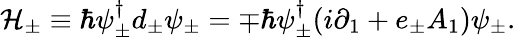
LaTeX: {\cal H}_{\pm}\equiv\hbar\psi_{\pm}^{\dagger}d_{\pm}\psi_{\pm}=\mp\hbar\psi_{\pm}^{\dagger}(i{\partial}_{1}+e_{\pm}A_{1})\psi_{\pm}.